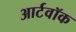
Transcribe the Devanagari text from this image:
आर्टवॉक